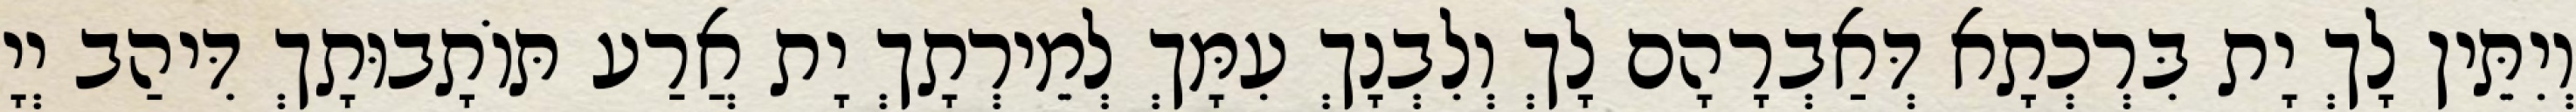
וְיִתֵּין לָךְ יָת בִּרְכְתָא דְּאַבְרָהָם לָךְ וְלִבְנָךְ עִמָּךְ לְמֵירְתָךְ יָת אֲרַע תּוֹתָבוּתָךְ דִּיהַב יְיָ